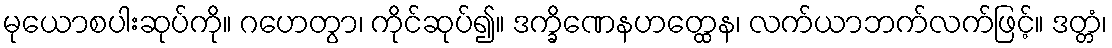
မုယောစပါးဆုပ်ကို။ ဂဟေတွာ၊ ကိုင်ဆုပ်၍။ ဒက္ခိဏေနဟတ္ထေန၊ လက်ယာဘက်လက်ဖြင့်။ ဒတ္တံ၊